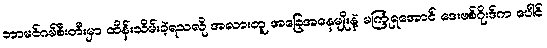
ဘာမင်ဂမ်စီးတီးမှာ ထိန်းသိမ်းခဲ့ရသလို အလားတူ အခြေအနေမျိုးနဲ့ မကြုံရအောင် ဒေးဗစ်ဂိုးဒ်က ပေါင်